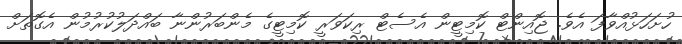
ހުށަހަޅުއްވާފަ އެވެ. ޖޮއިންޓް ކޮމިޓީން އެސެޓް ރިކަވަރީ ކޮމިޓީގެ މެންބަރުންނާ ބައްދަލުކުރުމުން އެގޮތަށް